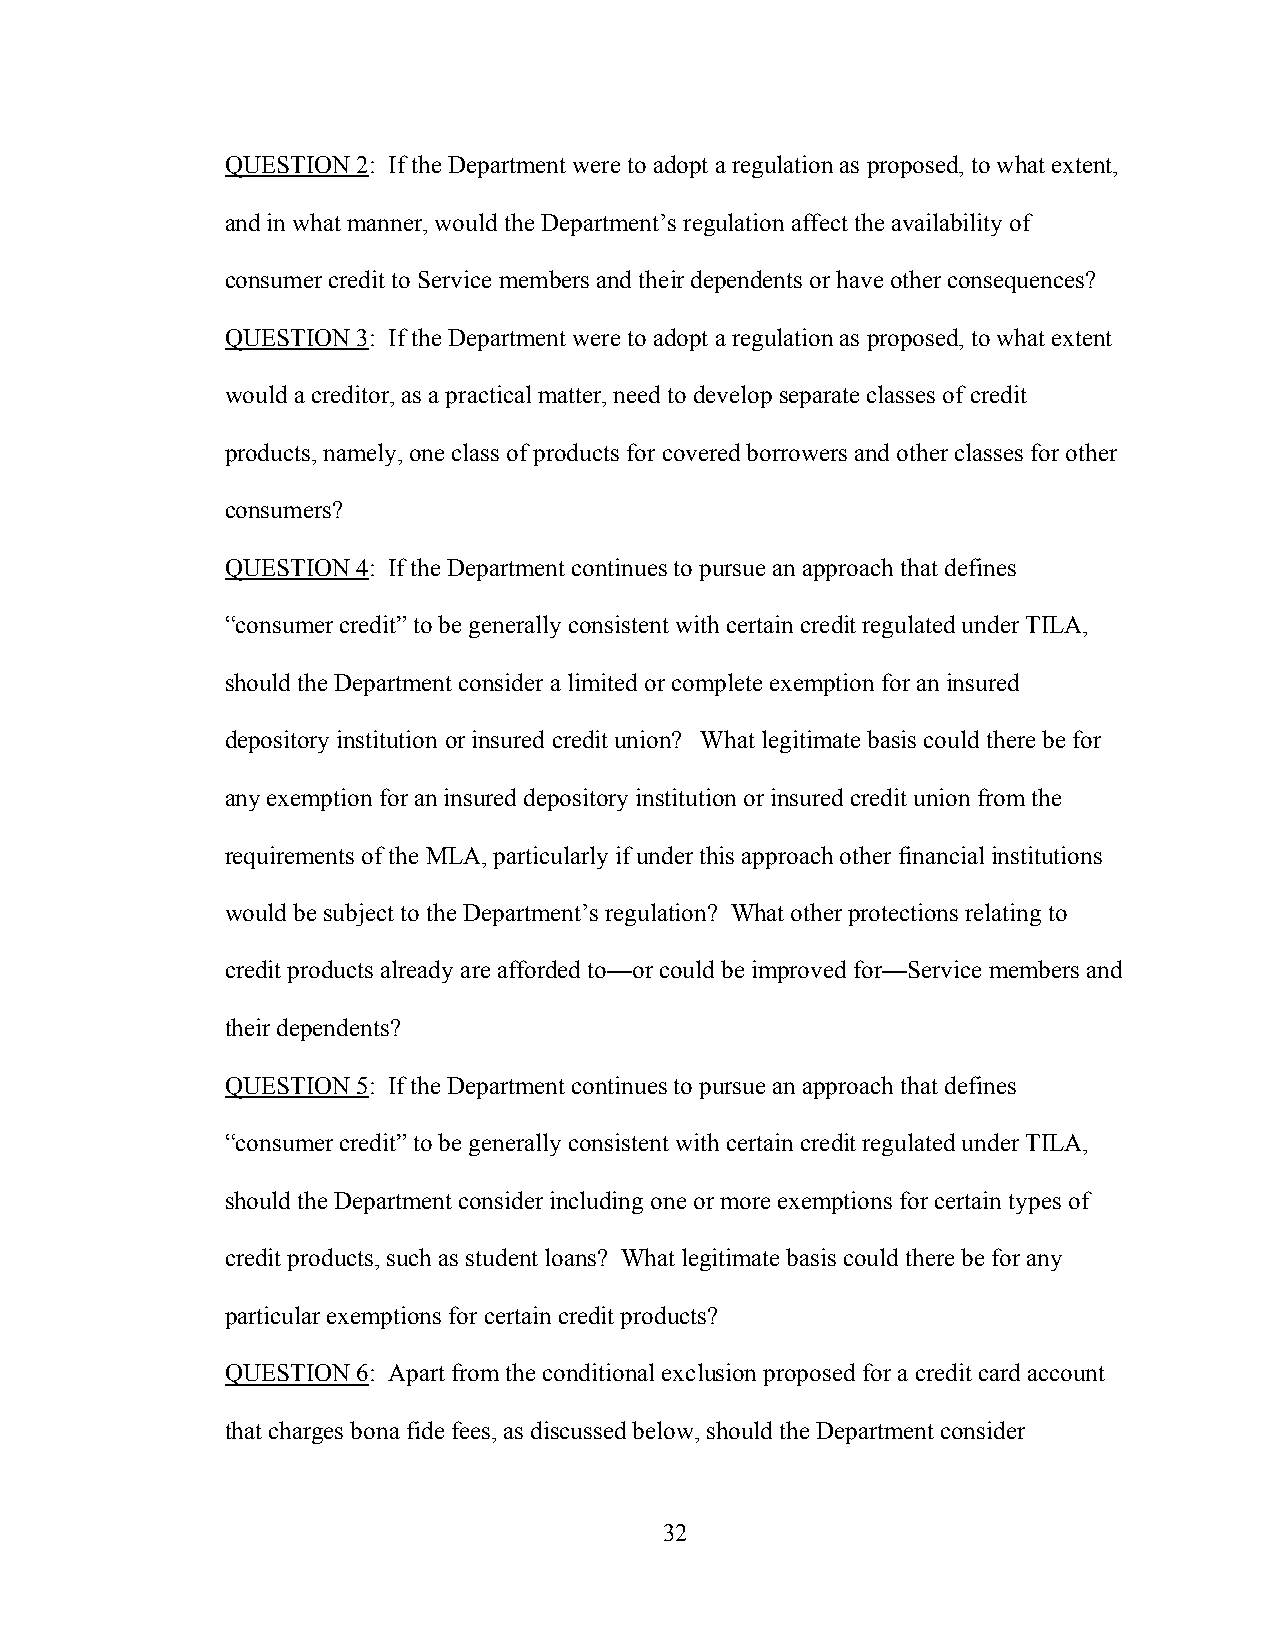
QUESTION 2: If the Department were to adopt a regulation as proposed, to what extent,
 and in what manner, would the Department’s regulation affect the availability of
 consumer credit to Service members and their dependents or have other consequences?
 QUESTION 3: If the Department were to adopt a regulation as proposed, to what extent
 would a creditor, as a practical matter, need to develop separate classes of credit
 products, namely, one class of products for covered borrowers and other classes for other
 consumers?
 QUESTION 4: If the Department continues to pursue an approach that defines
 “consumer credit” to be generally consistent with certain credit regulated under TILA,
 should the Department consider a limited or complete exemption for an insured
 depository institution or insured credit union? What legitimate basis could there be for
 any exemption for an insured depository institution or insured credit union from the
 requirements of the MLA, particularly if under this approach other financial institutions
 would be subject to the Department’s regulation? What other protections relating to
 credit products already are afforded to—or could be improved for—Service members and
 their dependents?
 QUESTION 5: If the Department continues to pursue an approach that defines
 “consumer credit” to be generally consistent with certain credit regulated under TILA,
 should the Department consider including one or more exemptions for certain types of
 credit products, such as student loans? What legitimate basis could there be for any
 particular exemptions for certain credit products?
 QUESTION 6: Apart from the conditional exclusion proposed for a credit card account
 that charges bona fide fees, as discussed below, should the Department consider
 32